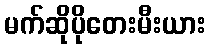
မက်ဆိုပိုတေးမီးယား